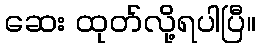
ဆေး ထုတ်လို့ရပါပြီ။